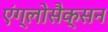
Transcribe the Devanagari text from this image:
एंग्लोसैक्सन